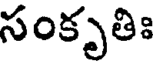
సంకృతిః